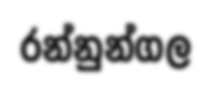
රන්නුන්ගල